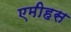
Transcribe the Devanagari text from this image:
एमीहस